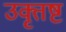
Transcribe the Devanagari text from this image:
उक्तृष्ट